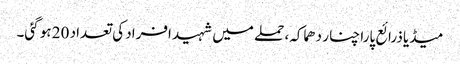
میڈیا ذرائع پارا چنار دھماکہ، حملے میں شہید افراد کی تعداد 20 ہو گئی۔